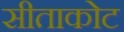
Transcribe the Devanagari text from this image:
सीताकोट